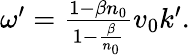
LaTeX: \begin{array}{r}{\omega^{\prime}=\frac{1-\beta n_{0}}{1-\frac{\beta}{n_{0}}}v_{0}k^{\prime}.}\end{array}